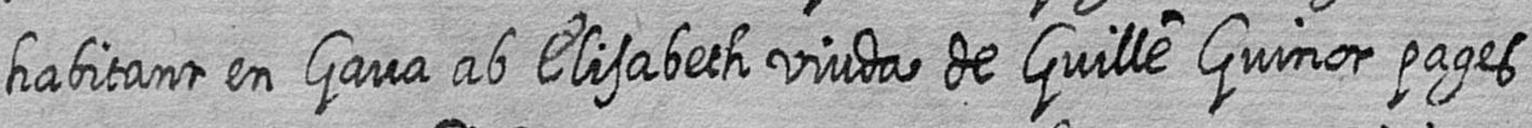
habitant en Gava ab Elisabeth viuda de Guille Guinot pages